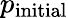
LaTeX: p_{\mathrm{initial}}